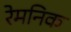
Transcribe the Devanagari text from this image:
रेमनिक